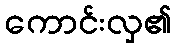
ကောင်းလှ၏